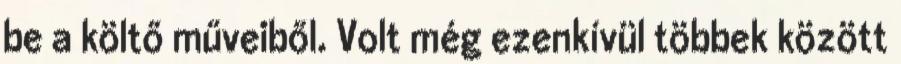
be a költő műveiből. Volt még ezenkívül többek között